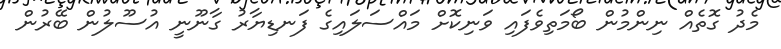
މެދު ގޮތެއް ނިންމުން ބޯމަތިވެފައި ވަނިކޮށް މައްސަލައިގެ ފަނޑިޔާރު ގާނޫނީ އުސޫލުން ބޭރުން